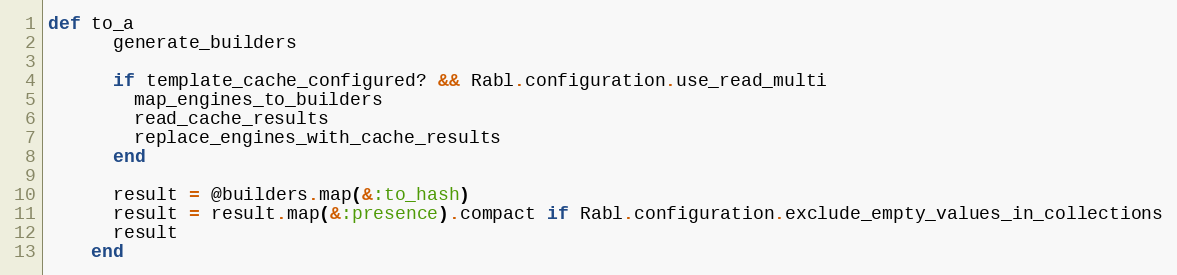
Language: Ruby
def to_a
      generate_builders

      if template_cache_configured? && Rabl.configuration.use_read_multi
        map_engines_to_builders
        read_cache_results
        replace_engines_with_cache_results
      end

      result = @builders.map(&:to_hash)
      result = result.map(&:presence).compact if Rabl.configuration.exclude_empty_values_in_collections
      result
    end